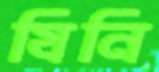
যিনি